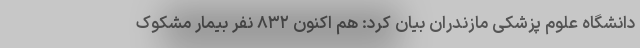
دانشگاه علوم پزشکی مازندران بیان کرد: هم اکنون ۸۳۲ نفر بیمار مشکوک